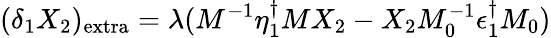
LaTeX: (\delta_{1}X_{2})_{\mathrm{extra}}=\lambda(M^{-1}\eta_{1}^{\dagger}MX_{2}-X_{2}M_{0}^{-1}\epsilon_{1}^{\dagger}M_{0})